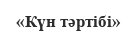
«Күн тәртібі»